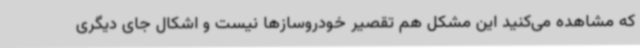
که مشاهده می‌کنید این مشکل هم تقصیر خودروسازها نیست و اشکال جای دیگری